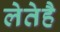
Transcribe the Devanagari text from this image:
लेतेहै